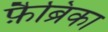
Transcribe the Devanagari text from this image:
फ़ैब्रिका